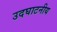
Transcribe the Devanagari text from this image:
उदघाटनीय